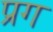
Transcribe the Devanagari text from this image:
प्रग